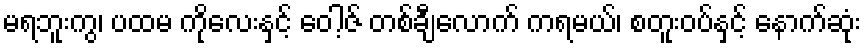
မရဘူးကွ၊ ပထမ ကိုလေးနှင့် ဝေါ့ဇ် တစ်ချီလောက် ကရမယ်၊ စတူးဝပ်နှင့် နောက်ဆုံး